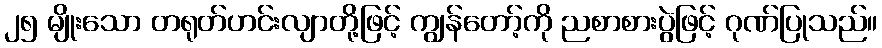
၂၅ မျိုးသော တရုတ်ဟင်းလျာတို့ဖြင့် ကျွန်တော့်ကို ညစာစားပွဲဖြင့် ဂုဏ်ပြုသည်။